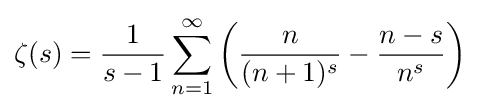
\zeta (s)={\frac {1}{s-1}}\sum _{n=1}^{\infty }\left({\frac {n}{(n+1)^{s}}}-{\frac {n-s}{n^{s}}}\right)